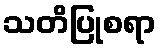
သတိပြုစရာ